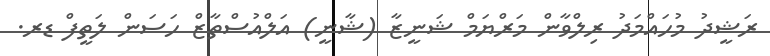
ރަޝީދު މުހައްމަދު ރިލްވާން މަރްޔަމް ޝަނީޒާ (ޝާނީ) އަލްއުސްތާޒް ހަސަން ލަތީފް ޑރ.